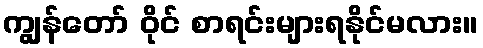
ကျွန်တော် ဝိုင် စာရင်းများရနိုင်မလား။